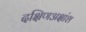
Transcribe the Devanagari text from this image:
दक्षिणअक्षांश